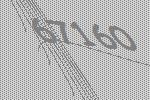
67160